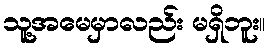
သူ့အမေမှာလည်း မရှိဘူး။